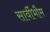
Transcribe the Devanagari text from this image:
सार्वीभौम